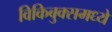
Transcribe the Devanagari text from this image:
विकिबुक्समध्ये